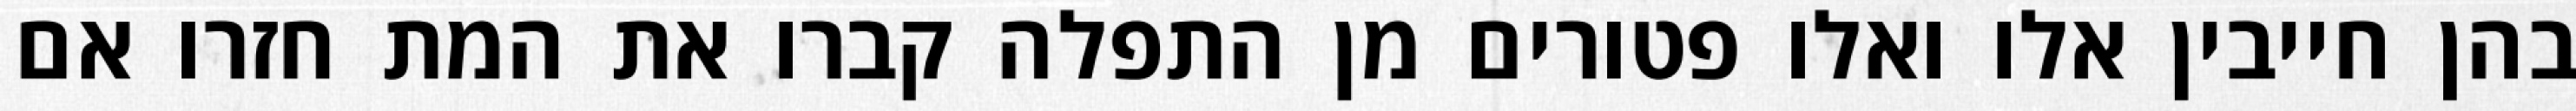
בהן חייבין אלו ואלו פטורים מן התפלה קברו את המת חזרו אם